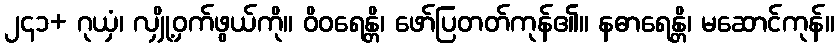
၂၄၁+ ဂုယှံ၊ လျှို့ဝှက်ဖွယ်ကို။ ဝိဝရေန္တိ၊ ဖော်ပြတတ်ကုန်၏။ နဓာရေန္တိ၊ မဆောင်ကုန်။